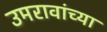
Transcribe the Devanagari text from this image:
उमरावांच्या